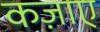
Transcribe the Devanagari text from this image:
कज़ाए